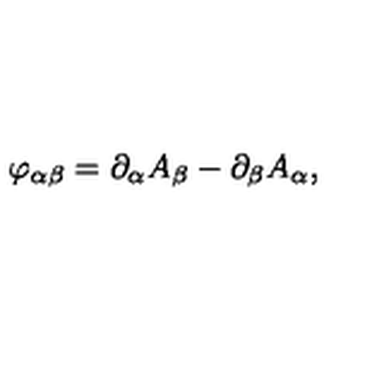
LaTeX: \varphi _ { \alpha \beta } = \partial _ { \alpha } A _ { \beta } - \partial _ { \beta } A _ { \alpha } ,